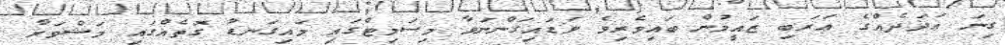
ގިނަ ޢަދަދެއްގެ ޢަރަބި ޒައީމުން ބައިވެރިވެ ވަޑައިގަންނަވާ މިސަމިޓްގައި މައިގަނޑު ގޮތެއްގައި މަޝްވަރާ